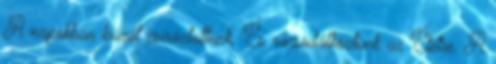
A napokban búzát csíráztattunk. És rácsodálkoztunk az Életre. A